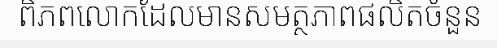
ពិភពលោកដែលមានសមត្ថភាពផលិតចំនួន